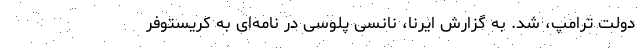
دولت ترامپ، شد. به گزارش ایرنا، نانسی پلوسی در نامه‌ای به کریستوفر